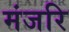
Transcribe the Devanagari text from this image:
मंजरि